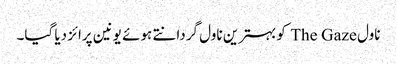
ناول The Gaze کوبہترین ناول گردانتے ہوئے یونین پرائز دیا گیا۔